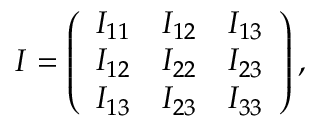
\begin{array} { r } { I = \left( \begin{array} { c c c } { I _ { 1 1 } } & { I _ { 1 2 } } & { I _ { 1 3 } } \\ { I _ { 1 2 } } & { I _ { 2 2 } } & { I _ { 2 3 } } \\ { I _ { 1 3 } } & { I _ { 2 3 } } & { I _ { 3 3 } } \end{array} \right) , } \end{array}